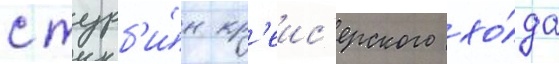
с турб'и́н кр'еис'ерского хо́да